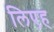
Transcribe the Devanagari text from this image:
लिएह